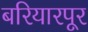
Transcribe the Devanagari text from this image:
बरियारपूर